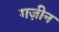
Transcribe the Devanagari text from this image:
गज़ीन